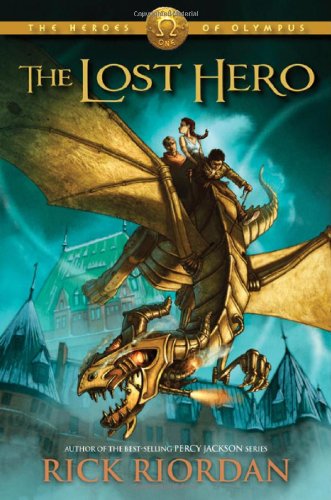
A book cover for The Lost Hero (Heroes of Olympus, Book 1); Rick Riordan; Children's Books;